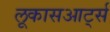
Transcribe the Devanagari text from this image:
लूकासआर्ट्स